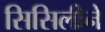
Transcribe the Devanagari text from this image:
सिसिलीने